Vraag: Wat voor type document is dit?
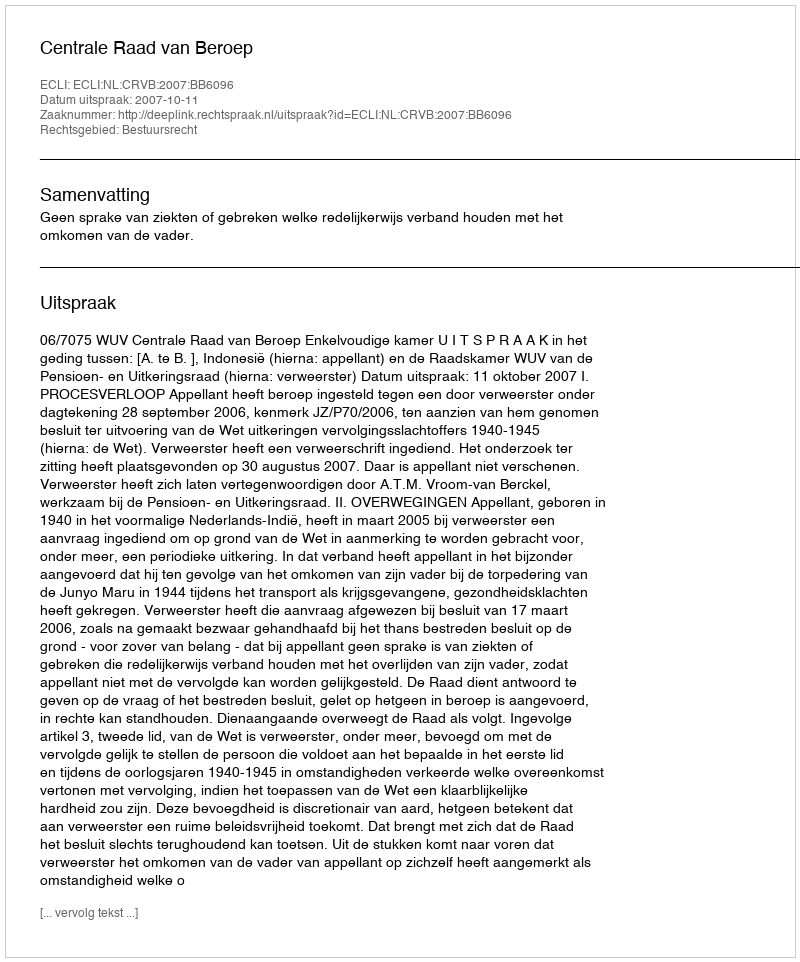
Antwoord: Uitspraak